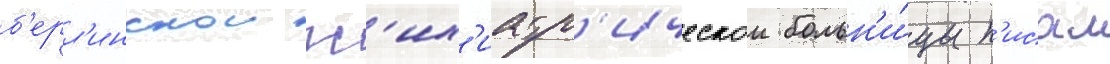
б'ерл'инскои пс'их'иатр'ическои больн'и́цы п'исал